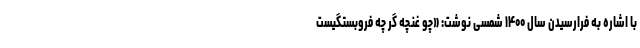
با اشاره به فرارسیدن سال ۱۴۰۰ شمسی نوشت: «چو غنچه گر چه فروبستگیست